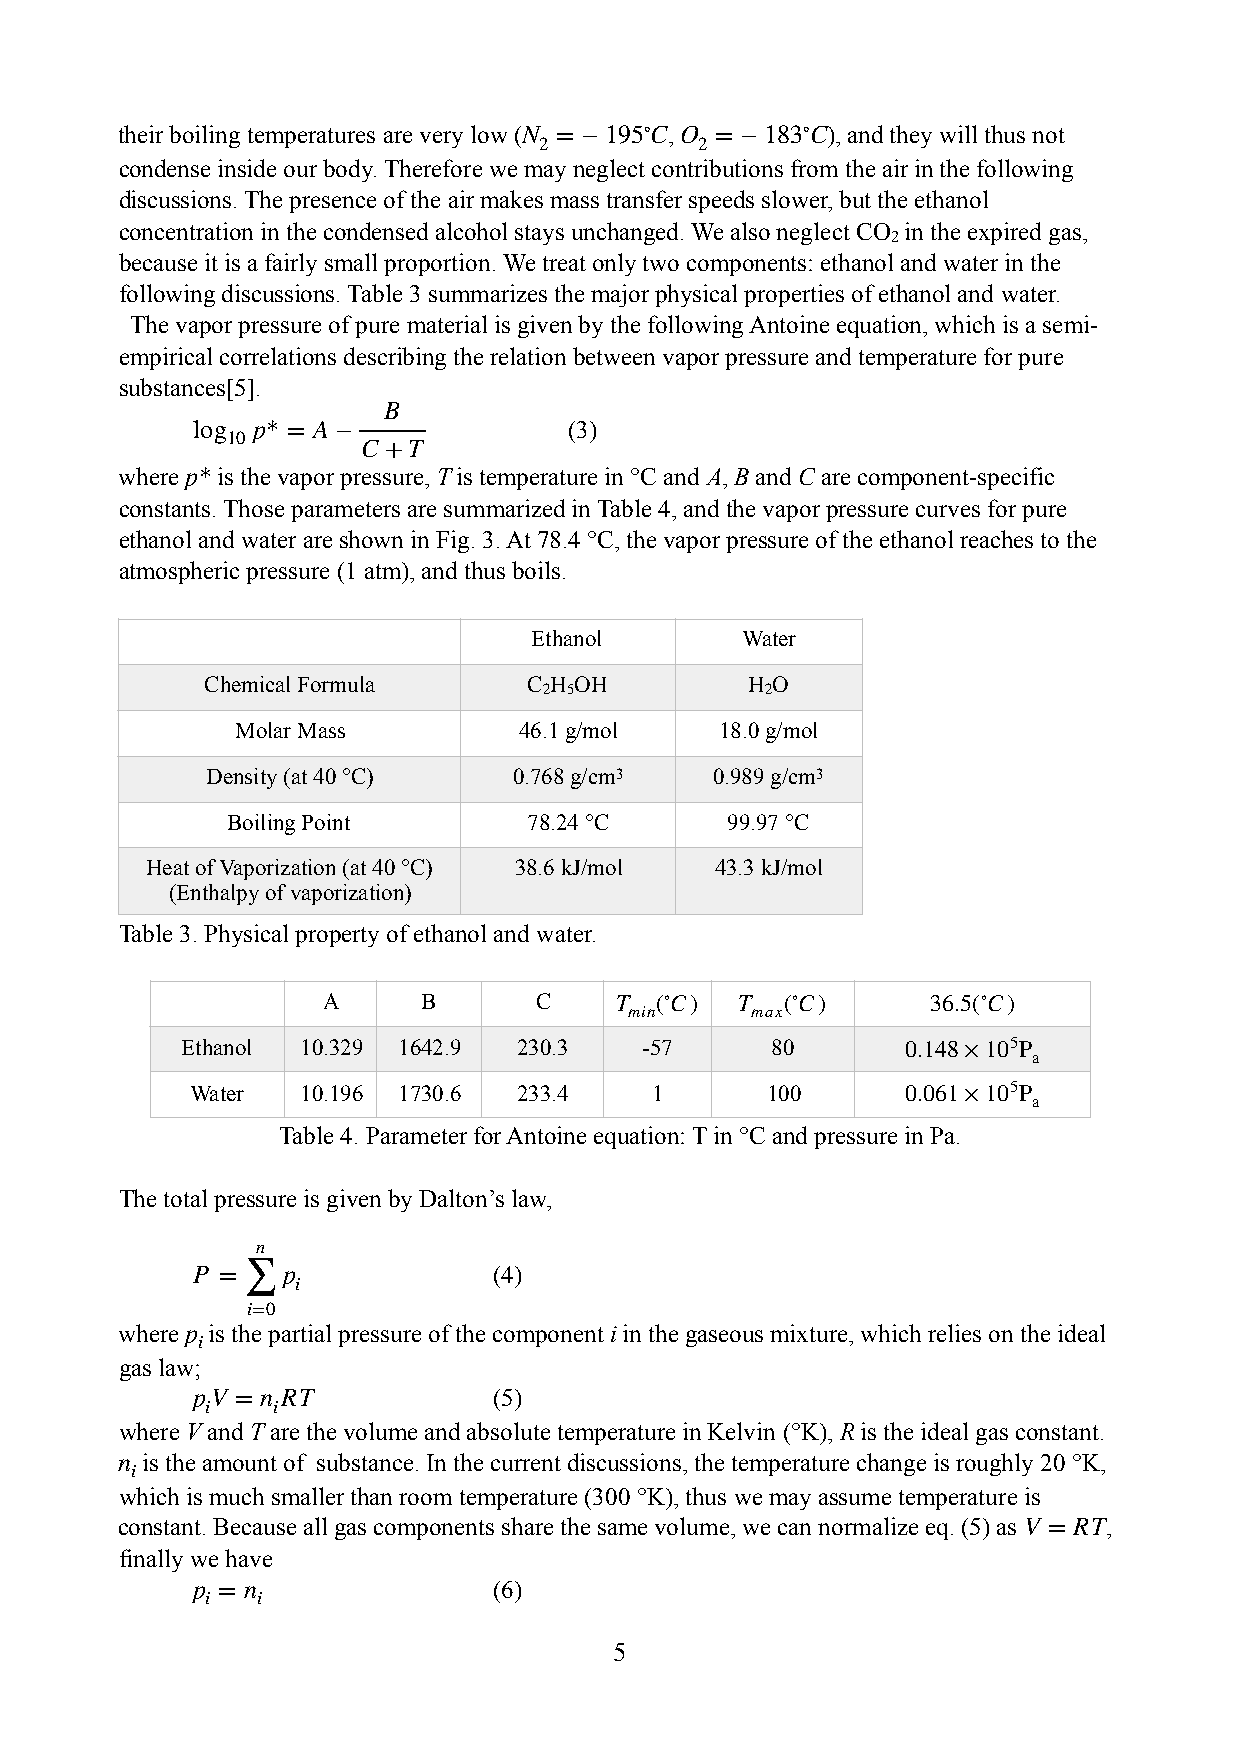
their boiling temperatures are very low (N = −195∘C, O = −183∘C), and they will thus not
 2         2
 condense inside our body. Therefore we may neglect contributions from the air in the following
 discussions. The presence of the air makes mass transfer speeds slower, but the ethanol
 concentration in the condensed alcohol stays unchanged. We also neglect CO in the expired gas,
 2
 because it is a fairly small proportion. We treat only two components: ethanol and water in the
 following discussions. Table 3 summarizes the major physical properties of ethanol and water.
 The vapor pressure of pure material is given by the following Antoine equation, which is a semi-
 empirical correlations describing the relation between vapor pressure and temperature for pure
 substances[5].
 B
 log p* = A−              (3)
 10
 C+T
 where p* is the vapor pressure, T is temperature in °C and A, B and C are component-specific
 constants. Those parameters are summarized in Table 4, and the vapor pressure curves for pure
 ethanol and water are shown in Fig. 3. At 78.4 °C, the vapor pressure of the ethanol reaches to the
 atmospheric pressure (1 atm), and thus boils.
 Ethanol       Water
 Chemical Formula     C H OH         H O
 2 5            2
 Molar Mass        46.1 g/mol    18.0 g/mol
 Density (at 40 °C)  0.768 g/cm3  0.989 g/cm3
 Boiling Point       78.24 °C     99.97 °C
 Heat of Vaporization (at 40 °C) 38.6 kJ/mol 43.3 kJ/mol
 (Enthalpy of vaporization)
 Table 3. Physical property of ethanol and water.
 A      B      C     T (∘C)  T  (∘C)      36.5(∘C)
 min     max
 Ethanol 10.329 1642.9 230.3   -57      80       0.148×105P
 a
 Water  10.196 1730.6 233.4    1       100      0.061×105P
 a
 Table 4. Parameter for Antoine equation: T in °C and pressure in Pa.
 The total pressure is given by Dalton’s law,
 n
 P =   p             (4)
 ∑   i
 i=0
 where p is the partial pressure of the component i in the gaseous mixture, which relies on the ideal
 i
 gas law;
 pV = n RT           (5)
 i   i
 where V and T are the volume and absolute temperature in Kelvin (°K), R is the ideal gas constant.
 n is the amount of substance. In the current discussions, the temperature change is roughly 20 °K,
 i
 which is much smaller than room temperature (300 °K), thus we may assume temperature is
 constant. Because all gas components share the same volume, we can normalize eq. (5) as V = RT,
 finally we have
 p = n               (6)
 i  i
 5